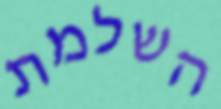
השלמת